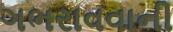
ગભરાવવાની